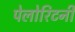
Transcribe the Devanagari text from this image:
पेलोरिटनी